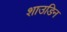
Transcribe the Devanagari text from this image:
शाउडिन